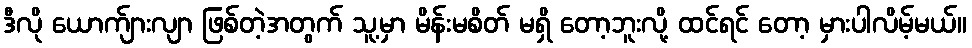
ဒီလို ယောက်ျားလျာ ဖြစ်တဲ့အတွက် သူ့မှာ မိန်းမစိတ် မရှိ တော့ဘူးလို့ ထင်ရင် တော့ မှားပါလိမ့်မယ်။